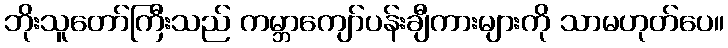
ဘိုးသူတော်ကြီးသည် ကမ္ဘာကျော်ပန်းချီကားများကို သာမဟုတ်ပေ။